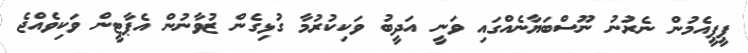
ޕީޕީއެމުން ނެރުނު ނޫސްބަޔާނެއްގައި ވަނީ އަދީބު ވަކިކުރުމާ ގުޅިގެން ޒުވާނުން އެޕާޓީން ވަކިވެއްޖެ